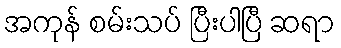
အကုန် စမ်းသပ် ပြီးပါပြီ ဆရာ